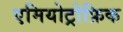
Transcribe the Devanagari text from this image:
एमियोट्रोफ़िक